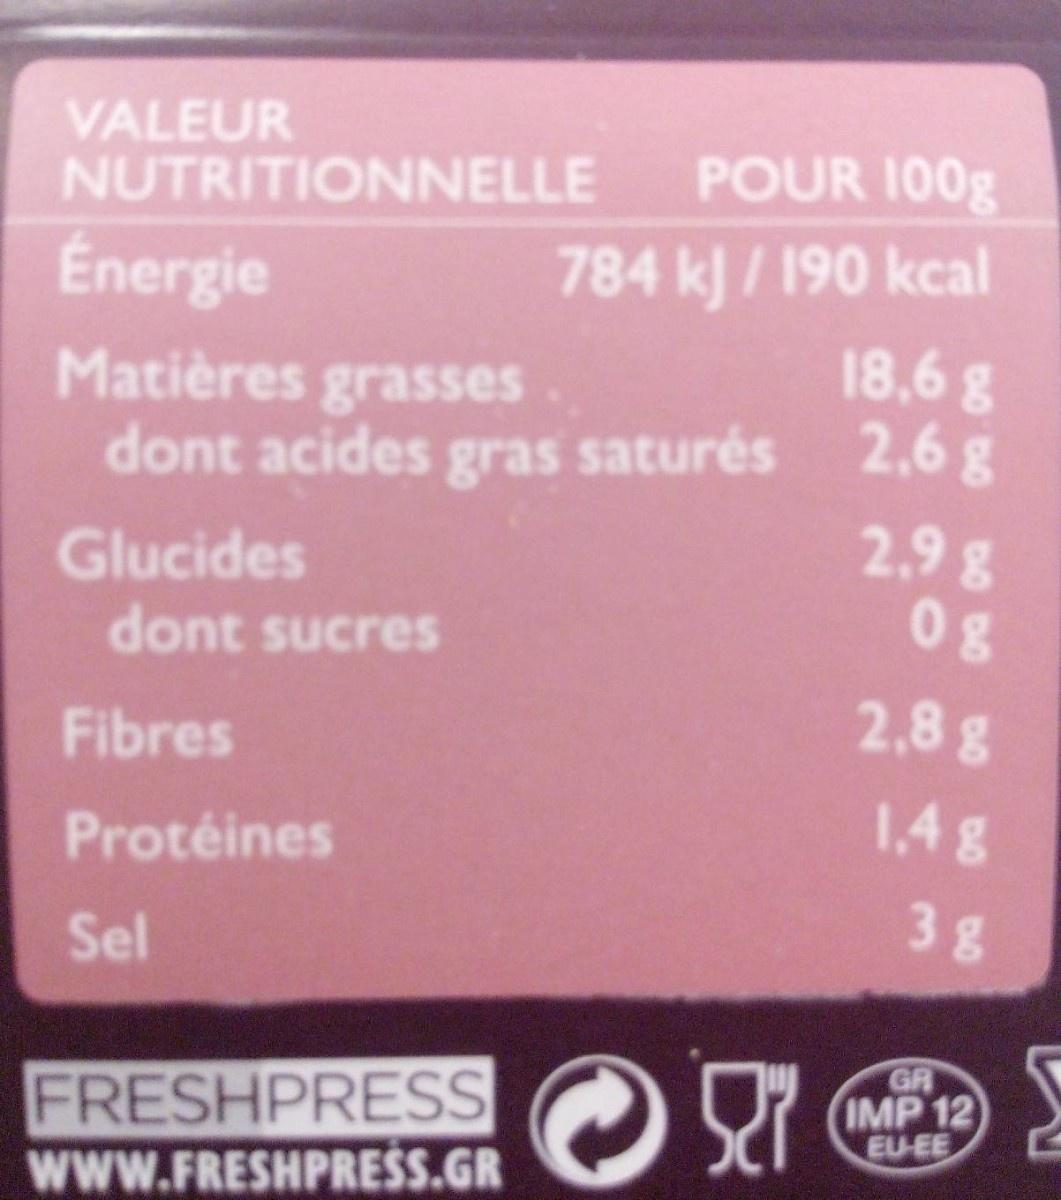
VALEUR NUTRITIONNELLE POUR 100g 784 kJ / 190 kcal 18,6 g Energie Matières grasses dont acides gras saturés 2,6 g 2.9 g 08 Glucides dont sucres 2,8g Fibres 1,4g Protéines Sel FRESHPRESS www.FRESHPRESS.GR GR IMP 12 EU-EE 3.